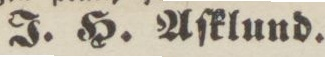
J. H. Aſklund.